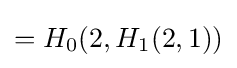
=H_{0}(2,H_{1}(2,1))